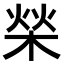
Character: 𣓳